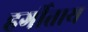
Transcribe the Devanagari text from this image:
हर्गीताय